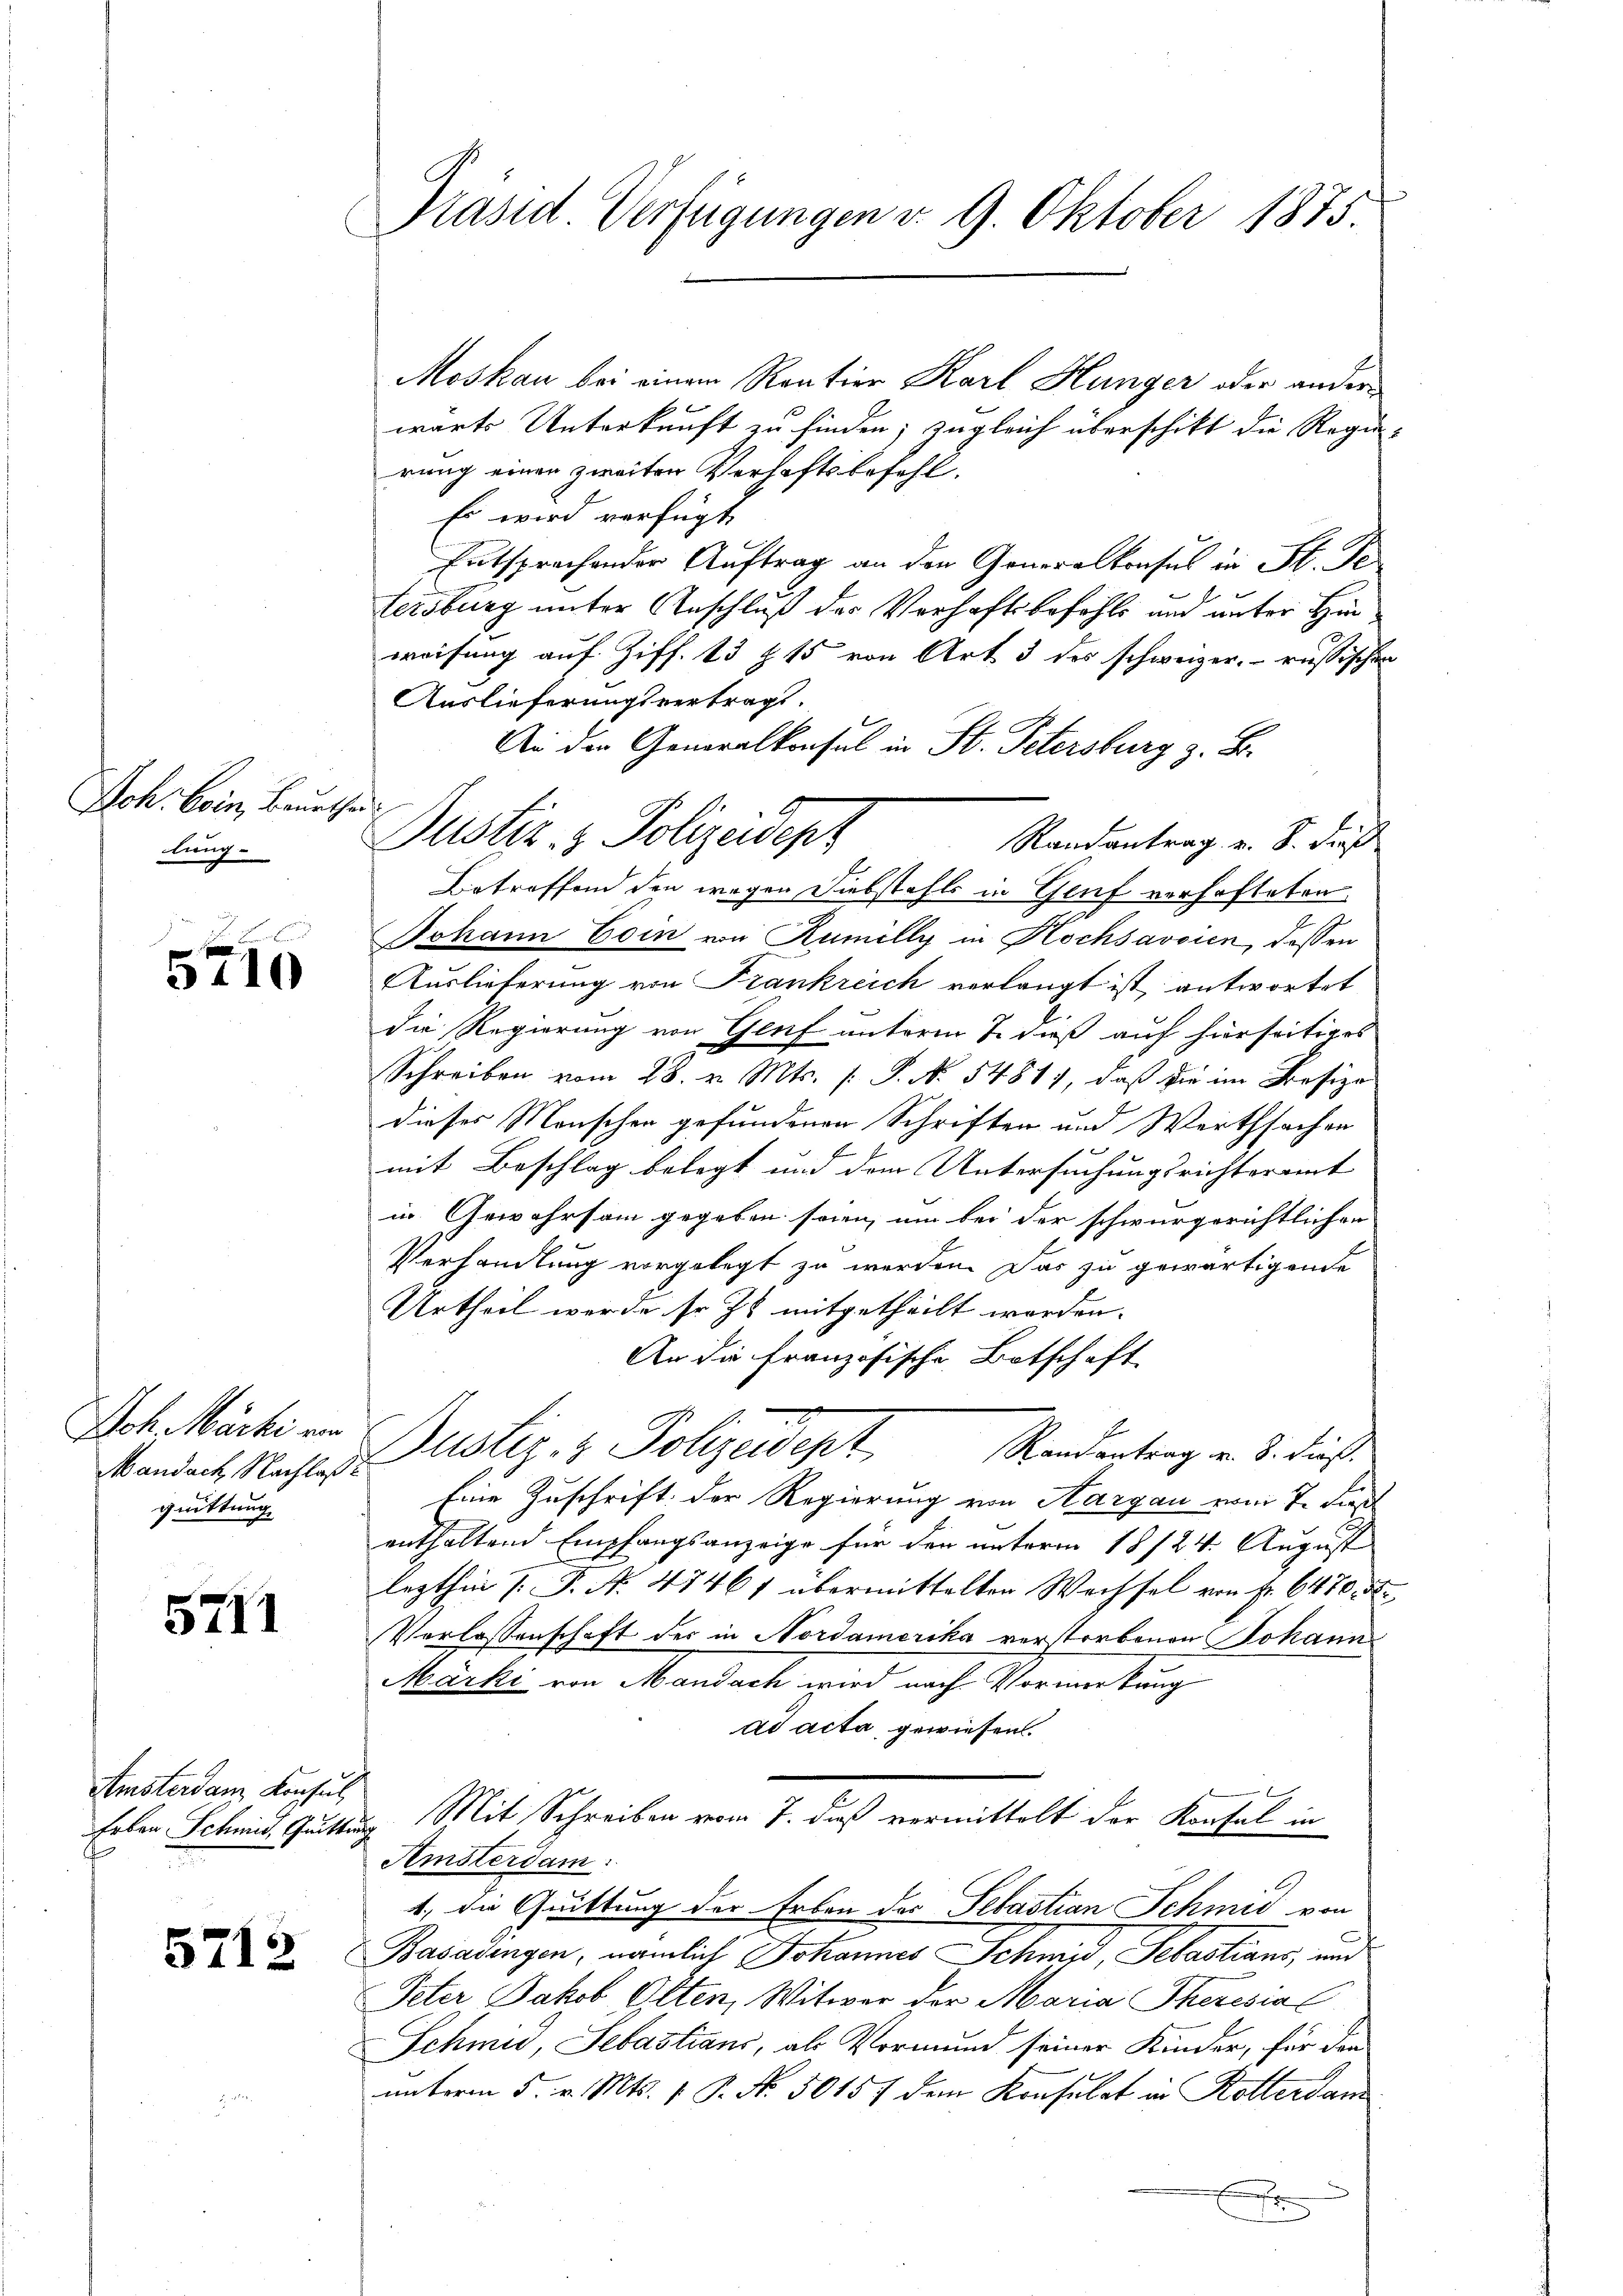
Ich. Boin, Beurthei
lung.

e
3410

Joh Marti von
Mandach Nachlasse
quittung

5711

Amsterdam Konsul,
Erben Schmid, Guittung

5712

Präsid Verfügungen v. 9. Oktober 1875.

Moskau bei einem Rention Karl Hunger oder ander
wärts Unterkunft zu finden; zugleich überschikt die Regie
rung einen zweiten Verhaftsbefehl.
Es wird verfügt,
Entsprochender Auftrag an den Generalkonsul in St. Pe
fersburg unter Anschluß der Verhaftsbefehls und unter Hinweisung auf Ziff. 13 § 15 von Art 3 des schweizer, russischen
Auslieferungsvertrags.
An der Generalkonsul in St. Petersburg z. B.
Randantrag v. S. dieß
Betreffend den wegen Diebstahls in Genf verhafteten
Johann Coin von Rumelly in Hochsavoien, dessen
Auslieferung von Frankreich verlangt ist, antwortet
die Regierung von Genf unterm 7. dieß auf hierseitiges
Schreiben vom 28. v. Mts. f. P. No. 5481), daß die im Besize
dieses Menschen gefundenen Schriften und Werthsachen
mit Beschlag belegt und dem Untersuchungsrichteramt
in Gewahrsam gegeben seien, um bei der schwurgerichtlichen
Verhandlung vorgelegt zu werden. Das zu gewärtigende
Urtheil werde so zu mitgetheilt worden.
An die französische Botschaft
Duster- & Polizeidept.
Randantrag v. 8. dieß.
Eine Zuschrift der Regierung von Aargau vom 7. Dies
enthaltend Empfangsanzeige für den unterm 18/24. August
lezthin 1. P. N. 47461 übermittelten Wechsel von Fr. 6470. d.
Verlassenschaft der in Nordamerika vorstorbenen Johann
Märki von Mandach wird nach Vormerkung
ad acta gewiesen.
Mit Schreiben vom 7. daß vermittelt der Konfel in
Amsterdam.
2
4, die Quittung der Erben des Sebastian Schmid von
Basadingen, nämlich Johannes Schmid, Sebastians, und
Peter Jakob Olten, Witwer der Maria Theresia
Schmid Sebastians, als Vormund seiner Kinder, für den
unterm 5. v. Mts. 1 P. Nr. 50157 dem Konsulat in Rottersam
E

Justiz- & Polizeidenz